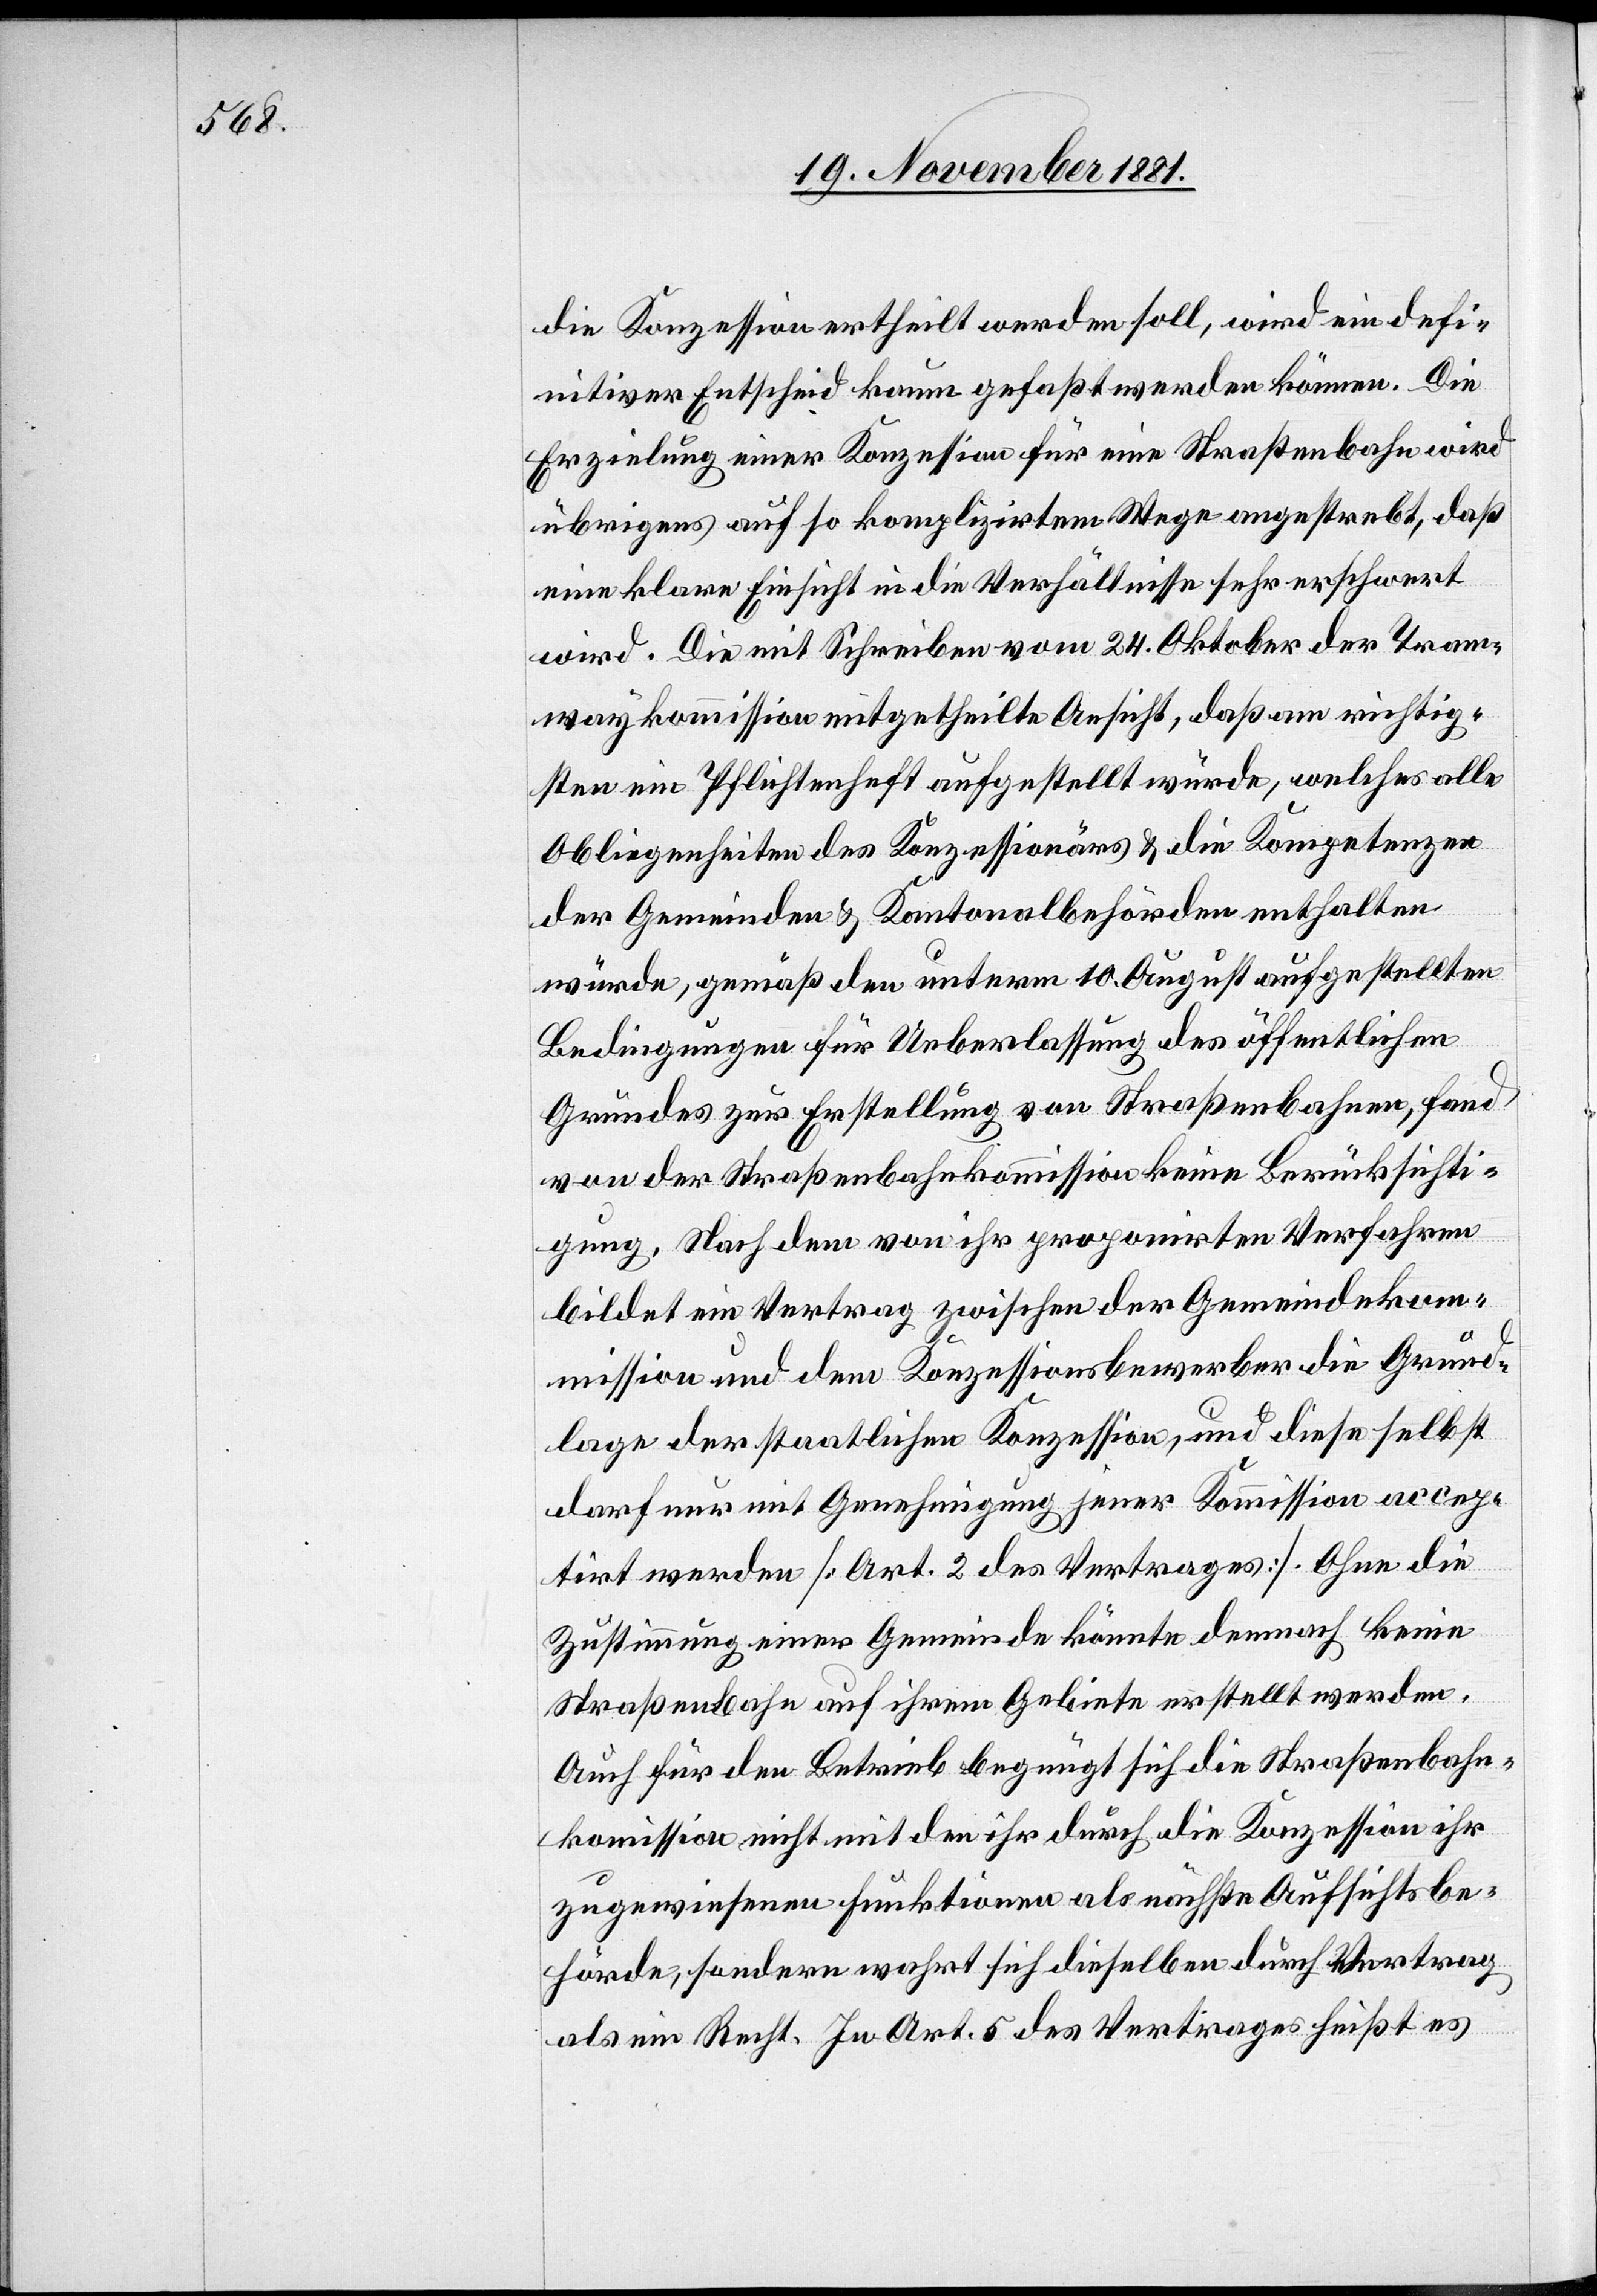
die Konzession ertheilt werden soll, wird ein defi¬
nitiver Entscheid kaum gefaßt werden können. Die
Erzielung einer Konzession für eine Straßenbahn wird
übrigens auf so komplizirtem Wege angestrebt, daß
eine klare Einsicht in die Verhältnisse sehr erschwert
wird. Die mit Schreiben vom 24. Oktober der Tram¬
waykommission mitgetheilte Ansicht, daß am richtig¬
sten ein Pflichtenheft aufgestellt würde, welches alle
Obliegenheiten des Konzessionärs & die Kompetenzen
der Gemeinden & Kantonalbehörden enthalten
würde, gemäß den unterm 10. August aufgestellten
von der Straßenbahnkommission keine Berücksichti¬
gung. Nach dem von ihr proponirten Verfahren
bildet ein Vertrag zwischen der Gemeindekom¬
mission und dem Konzessionsbewerber die Grund¬
lage der staatlichen Konzession, und diese selbst
darf nur mit Genehmigung jener Kommission accep¬
tirt werden [Art. 2 des Vertrages]. Ohne die
Zustimmung einer Gemeinde könnte demnach keine
Straßenbahn auf ihrem Gebiete erstellt werden.
Auch für den Betrieb begnügt sich die Straßenbahn¬
kommission nicht mit dem ihr durch die Konzession ihr
zugewiesenen Funktionen als nächste Aufsichtsbe¬
hörde, sondern wahrt sich dieselben durch Vertrag
als ein Recht. In Art. 5 des Vertrages heißt es

fand